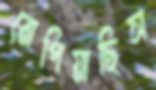
রোপিয়াছিস